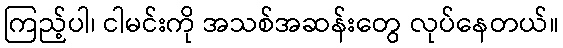
ကြည့်ပါ၊ ငါမင်းကို အသစ်အဆန်းတွေ လုပ်နေတယ်။